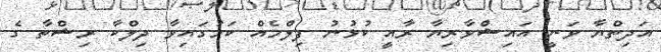
އަދިތްޔާ ވަނީ އައިޝްވާރިޔާ ރާއީ ކުޅުނު ފިލްމެއް ކަމުގައިވާ ދިލްކާ ރިޝްތާ ގެ